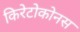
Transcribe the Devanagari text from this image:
किरेटोकोनस